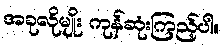
အခုလိုမျိုး ကုန်ဆုံးကြည့်ပါ။